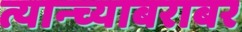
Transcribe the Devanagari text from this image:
त्यान्च्याबराबर